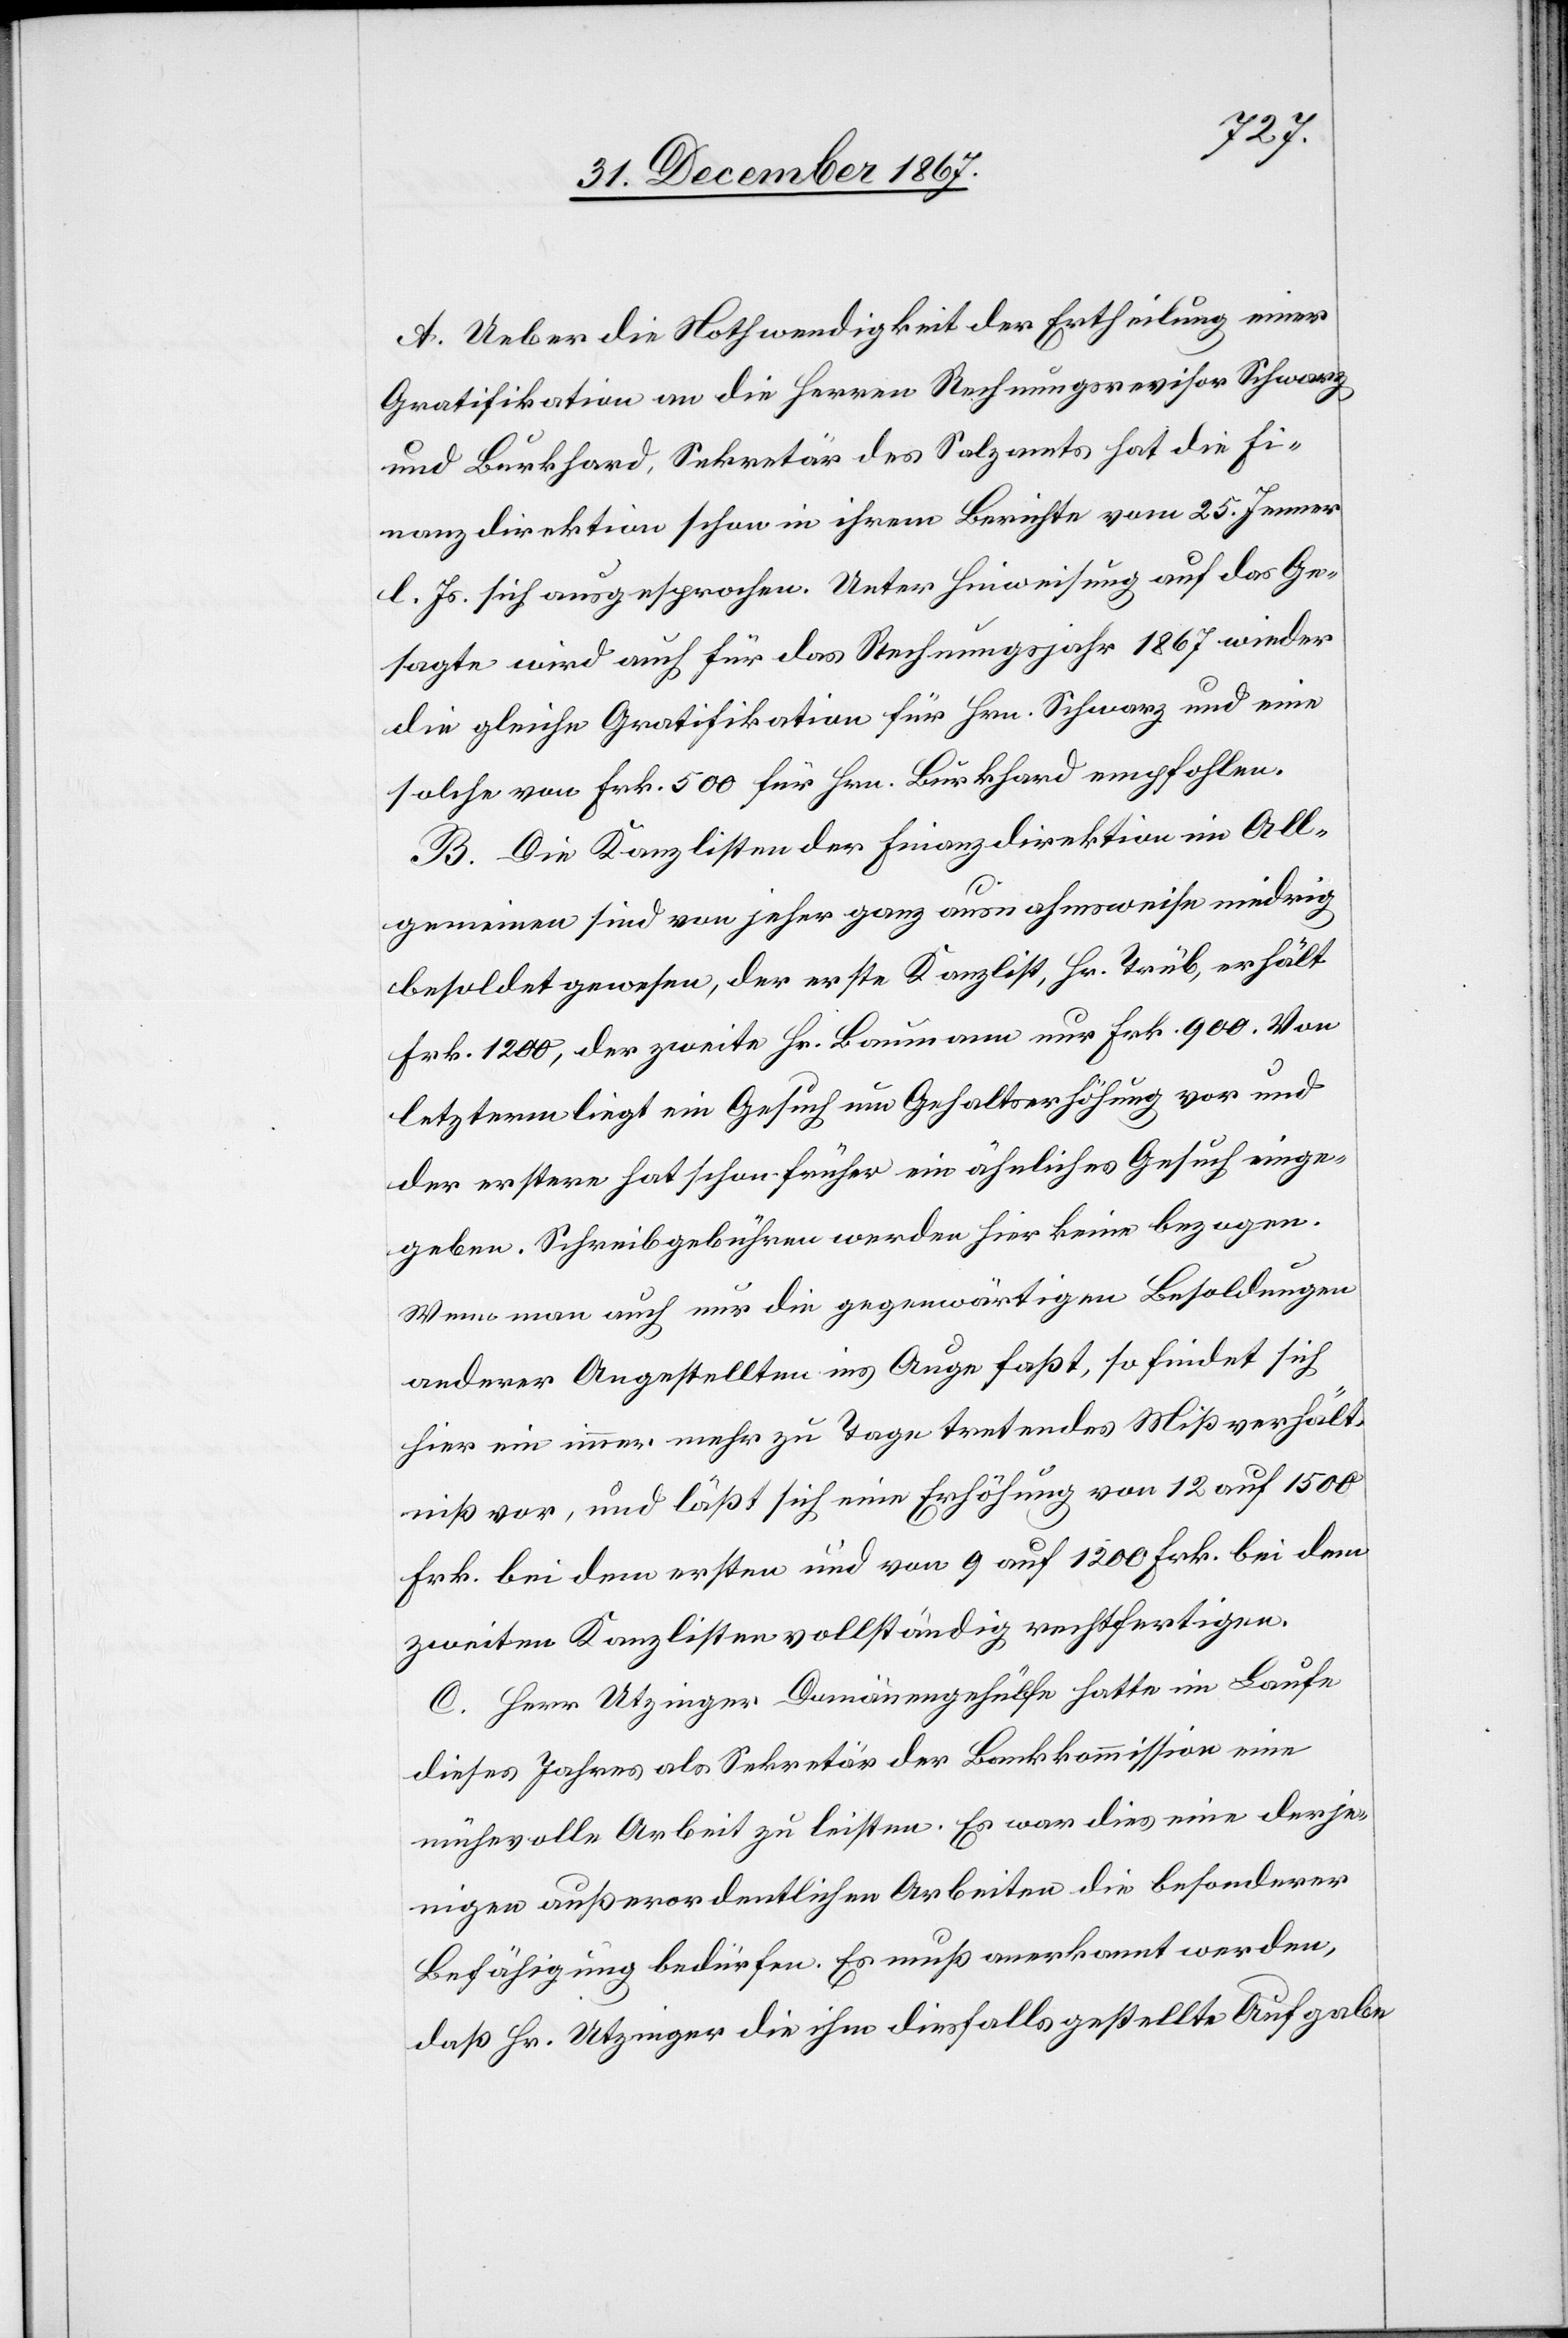
A. Ueber die Nothwendigkeit der Ertheilung einer
Gratifikation an die Herren Rechnungsrevisor Schwarz
und Burkhard, Sekretär des Salzamts hat die Fi¬
nanzdirektion schon in ihrem Berichte vom 25. Jenner
l. Js. sich ausgesprochen. Unter Hinweisung auf das Ge¬
sagt wird auch für das Rechnungsjahr 1867 wieder
die gleiche Gratifikation für Hrn. Schwarz und eine
solche von Frk. 500 für Hrn. Burkhard empfohlen.
B. Die Kanzlisten der Finanzdirektion im All¬
gemeinen sind von jeher ganz ausnahmsweise niedrig
besoldet gewesen, der erste Kanzlist, Hr. Trüb, erhält
Frk. 1200, der zweite Hr. Baumann nur Frk. 900. Von
letzterm liegt ein Gesuch um Gehaltserhöhung vor und
der erstere hat schon früher ein ähnliches Gesuch einge¬
geben. Schreibgebühren werden hier keine bezogen.
Wenn man auch nur die gegenwärtigen Besoldungen
anderer Angestellten ins Auge faßt, so findet sich
hier ein immer mehr zu Tage tretendes Mißverhält¬
niß vor, und läßt sich eine Erhöhung von 12 auf 1500
Frk. bei dem ersten und von 9 auf 1200 Frk. bei dem
zweiten Kanzlisten vollständig rechtfertigen.
C. Herr Utzinger, Domänengehülfe hatte im Laufe
dieses Jahres als Sekretär der Bankkommission eine
mühevolle Arbeit zu leisten. Es war dies eine derje¬
nigen außerordentlichen Arbeiten die besonderer
Befähigung bedürfen. Es muß anerkannt werden,
daß Hr. Utzinger die ihm diesfalls gestellte Aufgabe